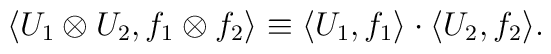
\langle U_1 \otimes U_2, f_1 \otimes f_2 \rangle \equiv \langle U_1, f_1 \rangle \cdot \langle U_2, f_2 \rangle.